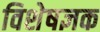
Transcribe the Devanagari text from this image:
विशेषज्ञक